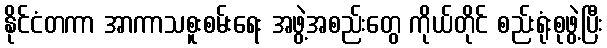
နိုင်ငံတကာ အာကာသစူးစမ်းရေး အဖွဲ့အစည်းတွေ ကိုယ်တိုင် စည်းရုံးစုဖွဲ့ပြီး